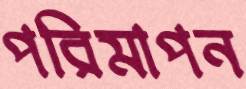
পরিমাপন